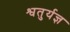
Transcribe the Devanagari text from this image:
श्वतुर्यज्ञ